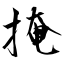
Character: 掩